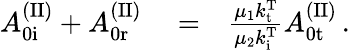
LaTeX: \begin{array}{rlr}{A_{\mathrm{0i}}^{\mathrm{(II)}}+A_{\mathrm{0r}}^{\mathrm{(II)}}}&{{}=}&{\frac{\mu_{1}k_{\mathrm{t}}^{\mathrm{T}}}{\mu_{2}k_{\mathrm{i}}^{\mathrm{T}}}A_{\mathrm{0t}}^{\mathrm{(II)}}\, .}\end{array}